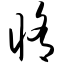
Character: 修